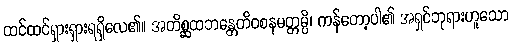
ထင်ထင်ရှားရှားရရှိလေ၏။ အတိစ္ဆထဘန္တေတိဝစနမတ္တမ္ပိ၊ ကန်တော့ပါ၏ အရှင်ဘုရားဟူသော